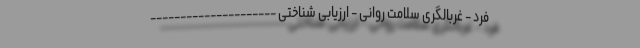
فرد - غربالگری سلامت روانی - ارزیابی شناختی ---------------------